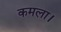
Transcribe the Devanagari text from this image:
कमला।